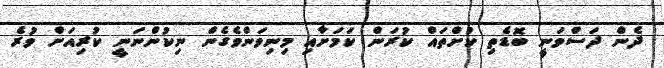
ދެން ދަސްވަނީ ބޮޑެތި ކުށްތައް ކުރަން ކަމަށާއި މިނިވަންވެގެން ނިކުންނަނީ ކުރިއަށް ވުރެ